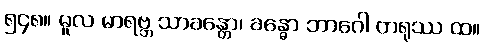
၅၄၈။ မူလ မာရဗ္ဘ သာခန္တော၊ ခန္ဓော ဘာဂေါ တရုဿ ထ။